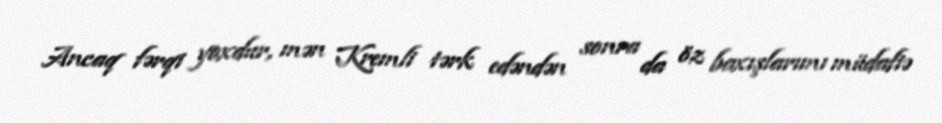
Ancaq fərqi yoxdur, mən Kremli tərk edəndən sonra da öz baxışlarımı müdafiə